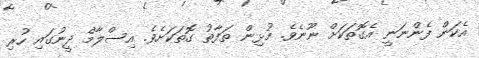
އެކަން ފެންނަނީ އެގޮތަކަށް ނޫނެވެ. މުޅިން ތަފާތު ގޮތަކަށެވެ. އިސްލާމް ދީނުގައި ހުރި